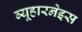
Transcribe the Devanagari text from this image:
ब्यूहारनेइस